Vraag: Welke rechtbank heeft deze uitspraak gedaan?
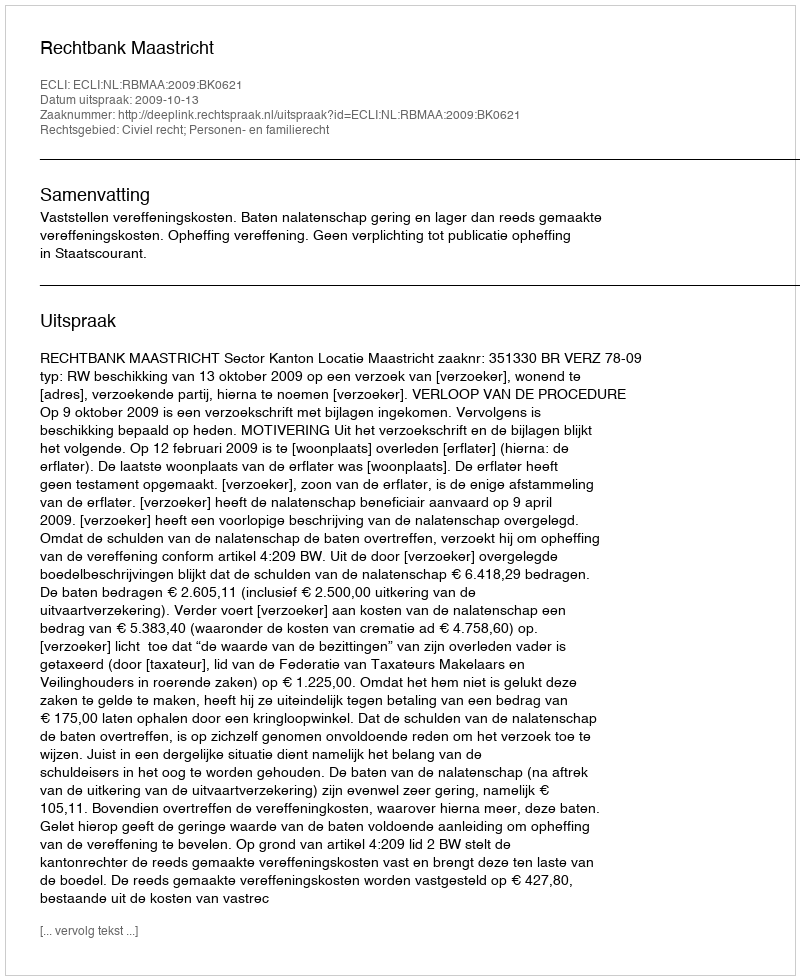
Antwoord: Rechtbank Maastricht